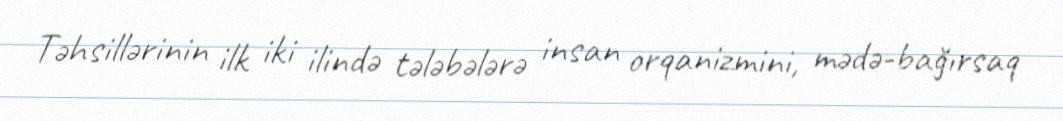
Təhsillərinin ilk iki ilində tələbələrə insan orqanizmini, mədə-bağırsaq